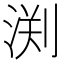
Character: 渕